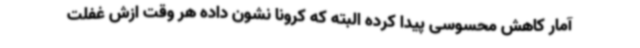
آمار کاهش محسوسی پیدا کرده البته که کرونا نشون داده هر وقت ازش غفلت